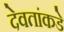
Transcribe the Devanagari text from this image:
देवतांकडे